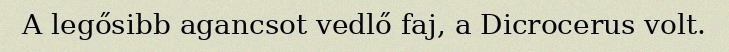
A legősibb agancsot vedlő faj, a Dicrocerus volt.